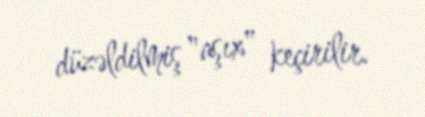
düzəldilmiş "aşıx" keçirilir.